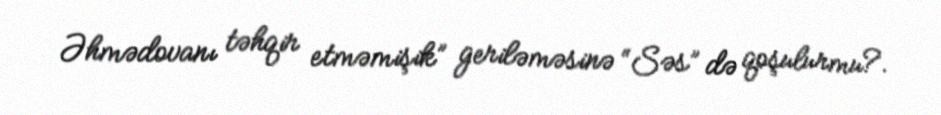
Əhmədovanı təhqir etməmişik” geriləməsinə “Səs” də qoşulurmu?.